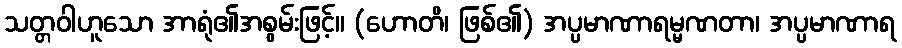
သတ္တဝါဟူသော အာရုံ၏အစွမ်းဖြင့်။ (ဟောတိ၊ ဖြစ်၏) အပ္ပမာဏာရမ္မဏတာ၊ အပ္ပမာဏာရ